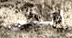
التي